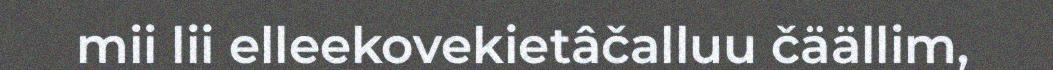
mii lii elleekovekietâčalluu čäällim,